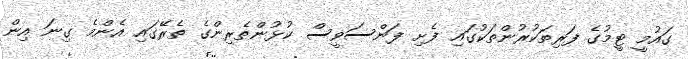
ގައުމީ ޓީމުގެ ފަރިތަކުރުންތަކުގައި ފެށި ފަންސަވީސް ކުޅުންތެރިންގެ ތެރޭގައި އެންމެ ގިނަ އިން